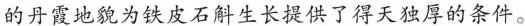
的丹霞地貌为铁皮石斛生长提供了得天独厚的条件。